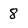
Character: 8